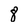
Character: 8